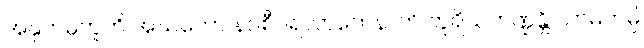
အနုကမ္ပတူတိ အဃတော နဝစီဝရလာဘေနာတိ တူရိယဘဏ္ဍန္တိ သာမိကမ္ပိ